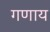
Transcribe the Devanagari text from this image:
गणाय